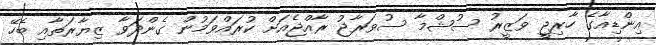
އިންޑިއާގެ ހާރިޖީ ވަޒީރު ސުޝްމާ ސުވަރާޖު ރާއްޖެއަށް ކުރައްވަމުން ގެންދަވާ ޒިޔާރަތާއި ބެހޭ